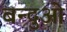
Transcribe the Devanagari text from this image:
बन्दुओ